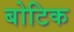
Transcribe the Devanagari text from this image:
बोटिक